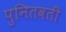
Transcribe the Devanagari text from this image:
पुनितवतीं